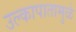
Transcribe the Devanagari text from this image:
उल्कापातामुळे